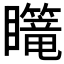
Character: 𪿄